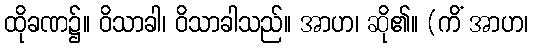
ထိုခဏ၌။ ဝိသာခါ၊ ဝိသာခါသည်။ အာဟ၊ ဆို၏။ (ကိံ အာဟ၊